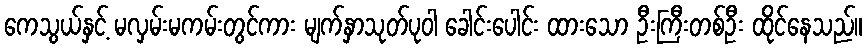
ကေသွယ်နှင့် မလှမ်းမကမ်းတွင်ကား မျက်နှာသုတ်ပုဝါ ခေါင်းပေါင်း ထားသော ဦးကြီးတစ်ဦး ထိုင်နေသည်။